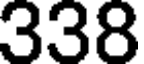
338